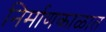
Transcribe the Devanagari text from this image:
निर्माणकाळात